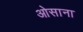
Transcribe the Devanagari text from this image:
ओसाना